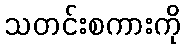
သတင်းစကားကို